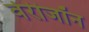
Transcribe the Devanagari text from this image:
वेरीजॉन